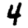
Digit: 4